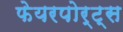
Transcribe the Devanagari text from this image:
फेयरपोर्ट्स